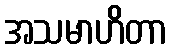
အသမာဟိတာ